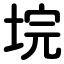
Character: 垸